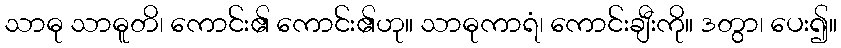
သာဓု သာဓူတိ၊ ကောင်း၏ ကောင်း၏ဟု။ သာဓုကာရံ၊ ကောင်းချီးကို။ ဒတွာ၊ ပေး၍။